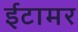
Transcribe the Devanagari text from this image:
ईटामर